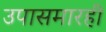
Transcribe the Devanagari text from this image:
उपासमारही